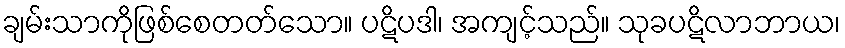
ချမ်းသာကိုဖြစ်စေတတ်သော။ ပဋိပဒါ၊ အကျင့်သည်။ သုခပဋိလာဘာယ၊